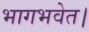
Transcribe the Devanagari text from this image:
भागभवेत।